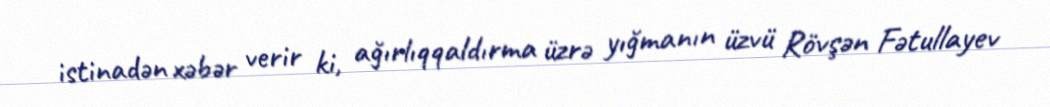
istinadən xəbər verir ki, ağırlıqqaldırma üzrə yığmanın üzvü Rövşən Fətullayev